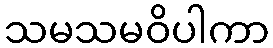
သမသမဝိပါကာ